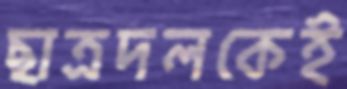
ছাত্রদলকেই